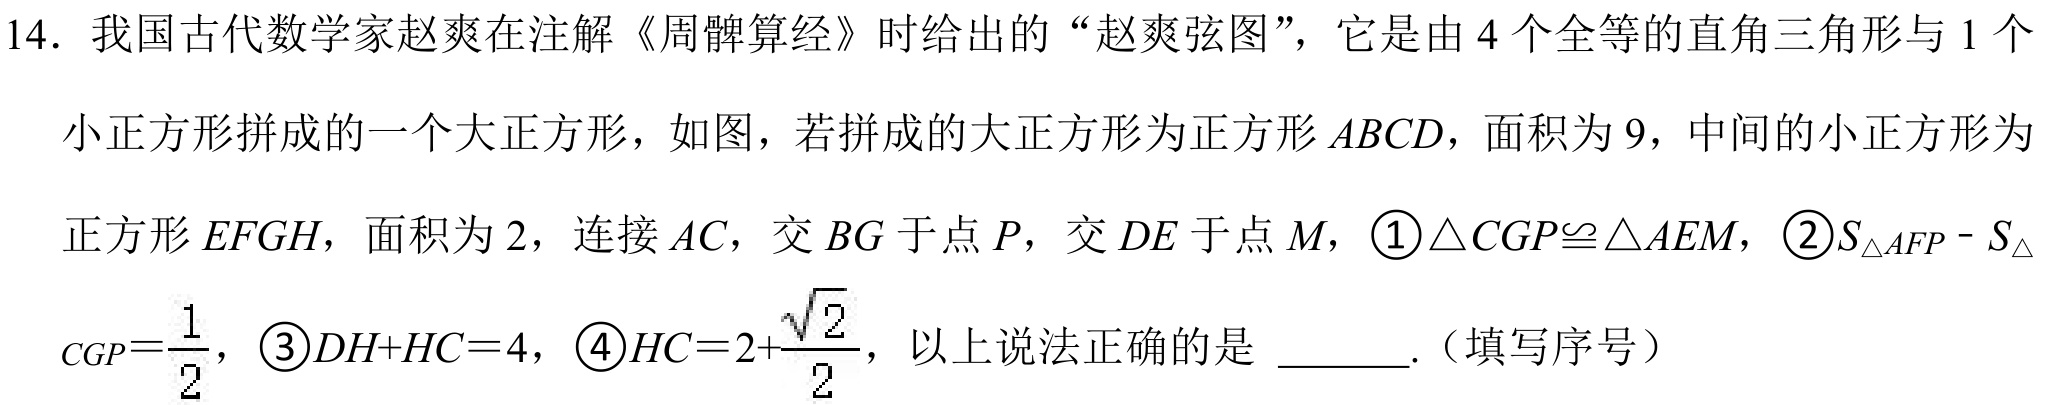
14. 我国古代数学家赵爽在注解《周髀算经》时给出的“赵爽弦图”，它是由\(4\)个全等的直角三角形与\(1\)个
小正方形拼成的一个大正方形，如图，若拼成的大正方形为正方形\(ABCD\)，面积为\(9\)，中间的小正方形为
正方形\(EFGH\)，面积为\(2\)，连接\(AC\)，交\(BG\)于点\(P\)，交\(DE\)于点\(M\)， \textcircled{1}\(\triangle CGP\cong\triangle AEM\)， \textcircled{2}\(S_{\triangle AFP}-S_{\triangle }\)
\(_{CGP}=\frac{1}{2}\)， \textcircled{3}\(DH + HC = 4\)， \textcircled{4}\(HC = 2+\frac{\sqrt{2}}{2}\)，以上说法正确的是 \underline{\quad\quad}.（填写序号）